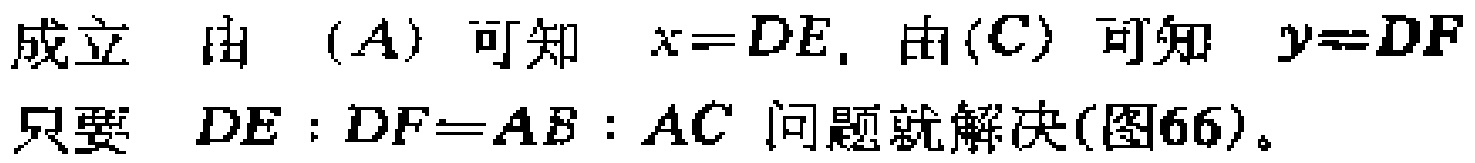
成立 由 $(A)$ 可知 $x = DE$. 由 $(C)$ 可知 $y = DF$
只要 $DE:DF = AB:AC$ 问题就解决(图66)。